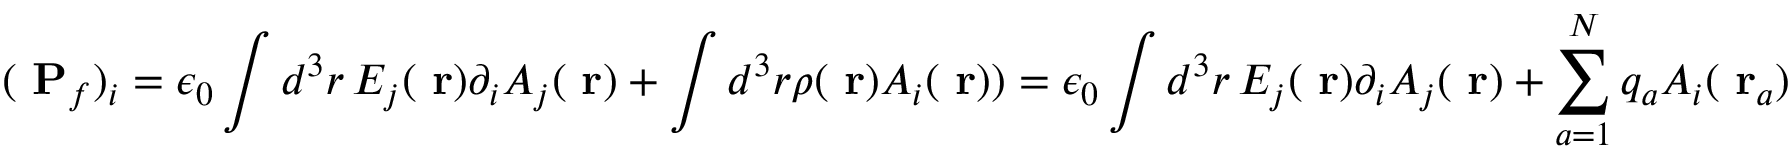
( \mathrm { \bf ~ P } _ { f } ) _ { i } = \epsilon _ { 0 } \int d ^ { 3 } r \, E _ { j } ( \mathrm { \bf ~ r } ) \partial _ { i } A _ { j } ( \mathrm { \bf ~ r } ) + \int d ^ { 3 } r \rho ( \mathrm { \bf ~ r } ) A _ { i } ( \mathrm { \bf ~ r } ) ) = \epsilon _ { 0 } \int d ^ { 3 } r \, E _ { j } ( \mathrm { \bf ~ r } ) \partial _ { i } A _ { j } ( \mathrm { \bf ~ r } ) + \sum _ { a = 1 } ^ { N } q _ { a } A _ { i } ( \mathrm { \bf ~ r } _ { a } )